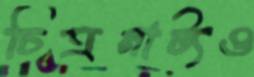
চিত্রনাট্যও